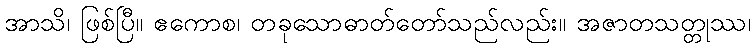
အာသိ၊ ဖြစ်ပြီ။ ဧကောစ၊ တခုသောဓာတ်တော်သည်လည်း။ အဇာတသတ္တုဿ၊